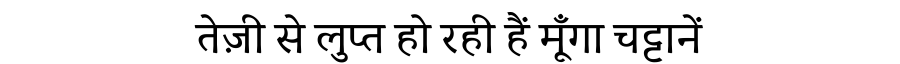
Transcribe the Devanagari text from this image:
तेज़ी से लुप्त हो रही हैं मूँगा चट्टानें